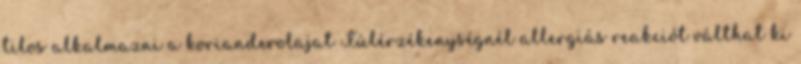
tilos alkalmazni a korianderolajat Túlérzékenységnél allergiás reakciót válthat ki